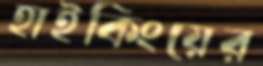
হাইকিংয়ের